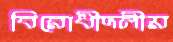
বিরোধীদলীয়